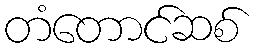
တံတောင်ဆစ်